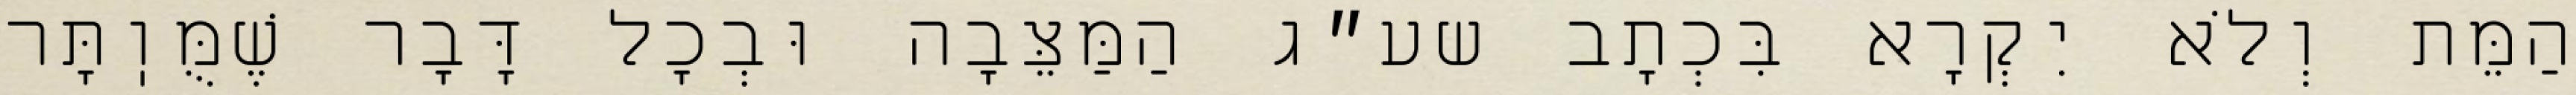
הַמֵּת וְלֹא יִקְרָא בִּכְתָב שע״ג הַמַּצֵּבָה וּבְכׇל דָּבָר שֶׁמֻּוֽתָּר